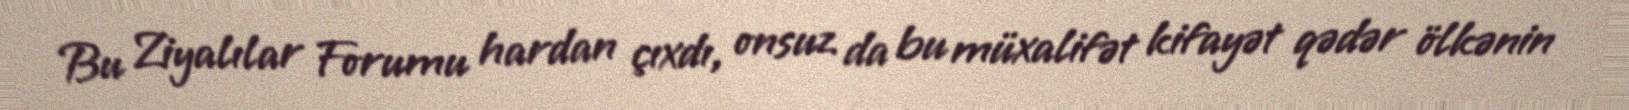
Bu Ziyalılar Forumu hardan çıxdı, onsuz da bu müxalifət kifayət qədər ölkənin